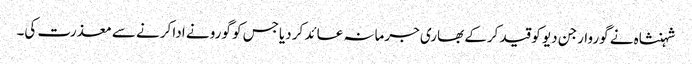
شہنشاہ نے گوروارجن دیو کو قید کرکے بھاری جرمانہ عائد کر دیاجس کو گورو نے ادا کرنے سے معذرت کی۔